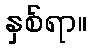
နှစ်ရာ။